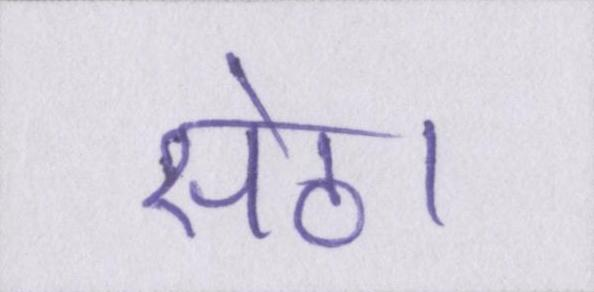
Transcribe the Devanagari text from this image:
सेठ।